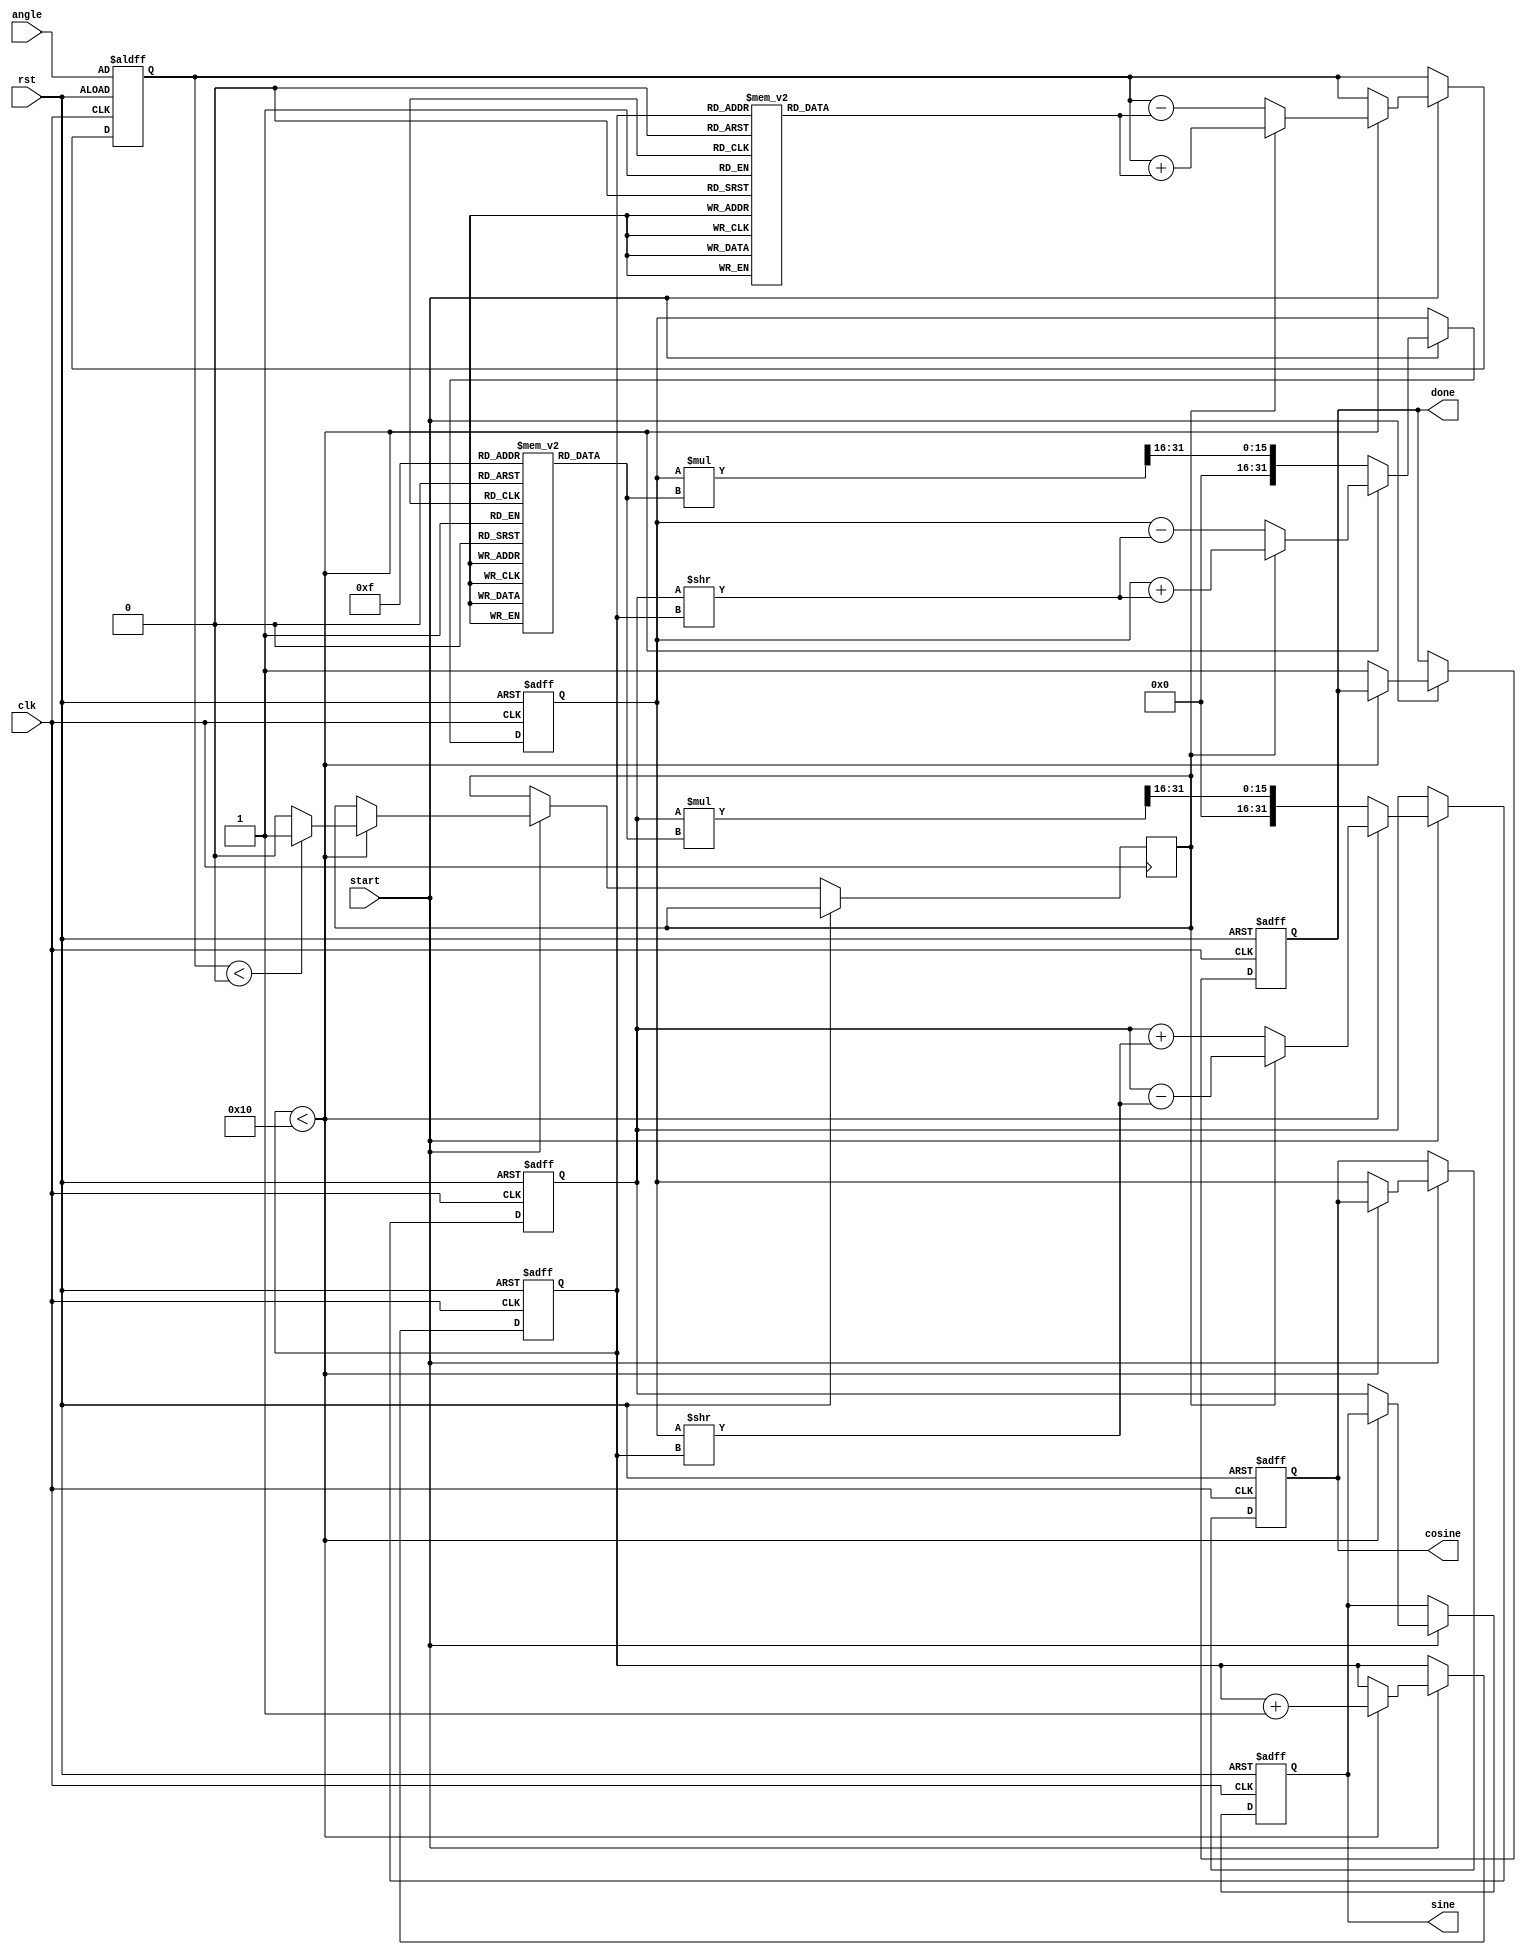
module cordic (
    input wire clk,
    input wire rst,
    input wire start,
    input wire [31:0] angle, // Input angle in fixed-point format
    output reg [31:0] sine,   // Output sine value
    output reg [31:0] cosine,  // Output cosine value
    output reg done           // Indicates computation is complete
);

    // Parameters
    parameter NUM_ITERATIONS = 16; // Number of iterations for CORDIC
    parameter LUT_SIZE = 16;        // Size of the LUTs

    // Lookup Tables
    reg [31:0] angle_lut [0:LUT_SIZE-1]; // Angle LUT (arctangent values)
    reg [31:0] scaling_lut [0:LUT_SIZE-1]; // Scaling LUT

    // Internal signals
    reg [31:0] x, y, z; // x, y, and z values for CORDIC
    reg [3:0] iteration; // Iteration counter
    reg [31:0] angle_temp; // Temporary angle for processing
    reg direction; // Direction of rotation

    // Initialization of LUTs
    initial begin
        // Fill angle LUT with arctangent values (in fixed-point format)
        angle_lut[0] = 32'h00000000; // atan(0)
        angle_lut[1] = 32'h3F19999A; // atan(1/2^1)
        angle_lut[2] = 32'h3E4CCCCD; // atan(1/2^2)
        angle_lut[3] = 32'h3D99999A; // atan(1/2^3)
        angle_lut[4] = 32'h3D555555; // atan(1/2^4)
        angle_lut[5] = 32'h3D2AAAAA; // atan(1/2^5)
        angle_lut[6] = 32'h3D0A3D70; // atan(1/2^6)
        angle_lut[7] = 32'h3C8F5C28; // atan(1/2^7)
        angle_lut[8] = 32'h3C28F5C2; // atan(1/2^8)
        angle_lut[9] = 32'h3B8D3B8D; // atan(1/2^9)
        angle_lut[10] = 32'h3B2A3B2A; // atan(1/2^10)
        angle_lut[11] = 32'h3A8D3A8D; // atan(1/2^11)
        angle_lut[12] = 32'h3A2A3A2A; // atan(1/2^12)
        angle_lut[13] = 32'h39A3D70; // atan(1/2^13)
        angle_lut[14] = 32'h393D70; // atan(1/2^14)
        angle_lut[15] = 32'h38A3D70; // atan(1/2^15)

        // Fill scaling LUT with scaling factors
        scaling_lut[0] = 32'h00000001; // Scaling factor for 0 iterations
        scaling_lut[1] = 32'h3F19999A; // Scaling factor for 1 iteration
        scaling_lut[2] = 32'h3E4CCCCD; // Scaling factor for 2 iterations
        scaling_lut[3] = 32'h3D99999A; // Scaling factor for 3 iterations
        scaling_lut[4] = 32'h3D555555; // Scaling factor for 4 iterations
        scaling_lut[5] = 32'h3D2AAAAA; // Scaling factor for 5 iterations
        scaling_lut[6] = 32'h3D0A3D70; // Scaling factor for 6 iterations
        scaling_lut[7] = 32'h3C8F5C28; // Scaling factor for 7 iterations
        scaling_lut[8] = 32'h3C28F5C2; // Scaling factor for 8 iterations
        scaling_lut[9] = 32'h3B8D3B8D; // Scaling factor for 9 iterations
        scaling_lut[10] = 32'h3B2A3B2A; // Scaling factor for 10 iterations
        scaling_lut[11] = 32'h3A8D3A8D; // Scaling factor for 11 iterations
        scaling_lut[12] = 32'h3A2A3A2A; // Scaling factor for 12 iterations
        scaling_lut[13] = 32'h39A3D70; // Scaling factor for 13 iterations
        scaling_lut[14] = 32'h393D70; // Scaling factor for 14 iterations
        scaling_lut[15] = 32'h38A3D70; // Scaling factor for 15 iterations
    end

    // Control Logic
    always @(posedge clk or posedge rst) begin
        if (rst) begin
            iteration <= 0;
            x <= 32'h00000001; // Initial x = 1
            y <= 32'h00000000; // Initial y = 0
            z <= angle; // Load input angle
            done <= 0;
            sine <= 0;
            cosine <= 0;
        end else if (start) begin
            if (iteration < NUM_ITERATIONS) begin
                // Determine direction of rotation
                direction <= (z < 0) ? 1'b1 : 1'b0;

                // Update z based on direction
                if (direction) begin
                    z <= z + angle_lut[iteration];
                    x <= x + (y >> iteration);
                    y <= y - (x >> iteration);
                end else begin
                    z <= z - angle_lut[iteration];
                    x <= x - (y >> iteration);
                    y <= y + (x >> iteration);
                end

                // Increment iteration counter
                iteration <= iteration + 1;
            end else begin
                // Final scaling
                x <= (x * scaling_lut[NUM_ITERATIONS-1]) >> 16; // Scale down
                y <= (y * scaling_lut[NUM_ITERATIONS-1]) >> 16; // Scale down
                sine <= y;
                cosine <= x;
                done <= 1; // Indicate completion
            end
        end
    end
endmodule